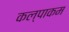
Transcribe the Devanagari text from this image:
कल्पाकम